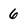
Character: 6